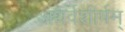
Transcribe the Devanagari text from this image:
अथर्वशीर्षम्